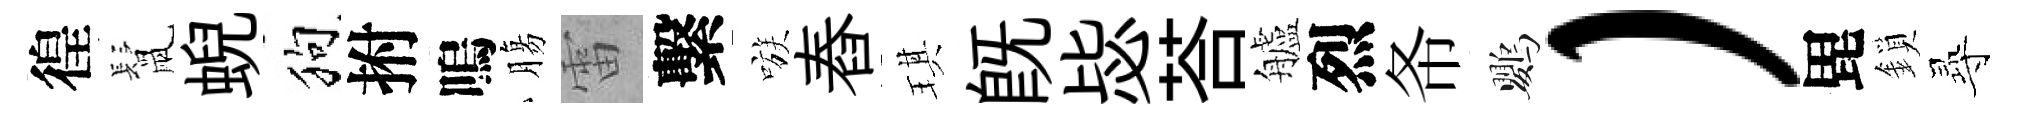
徨鬛蜺狗拊嗚膓雷繫嗾舂琪旣毖荅艫烈𢁙鸚）毘鎖𡬶